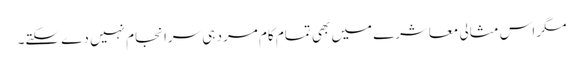
مگر اس مثالی معاشرے میں بھی تمام کام مرد ہی سرانجام نہیں دے سکتے۔